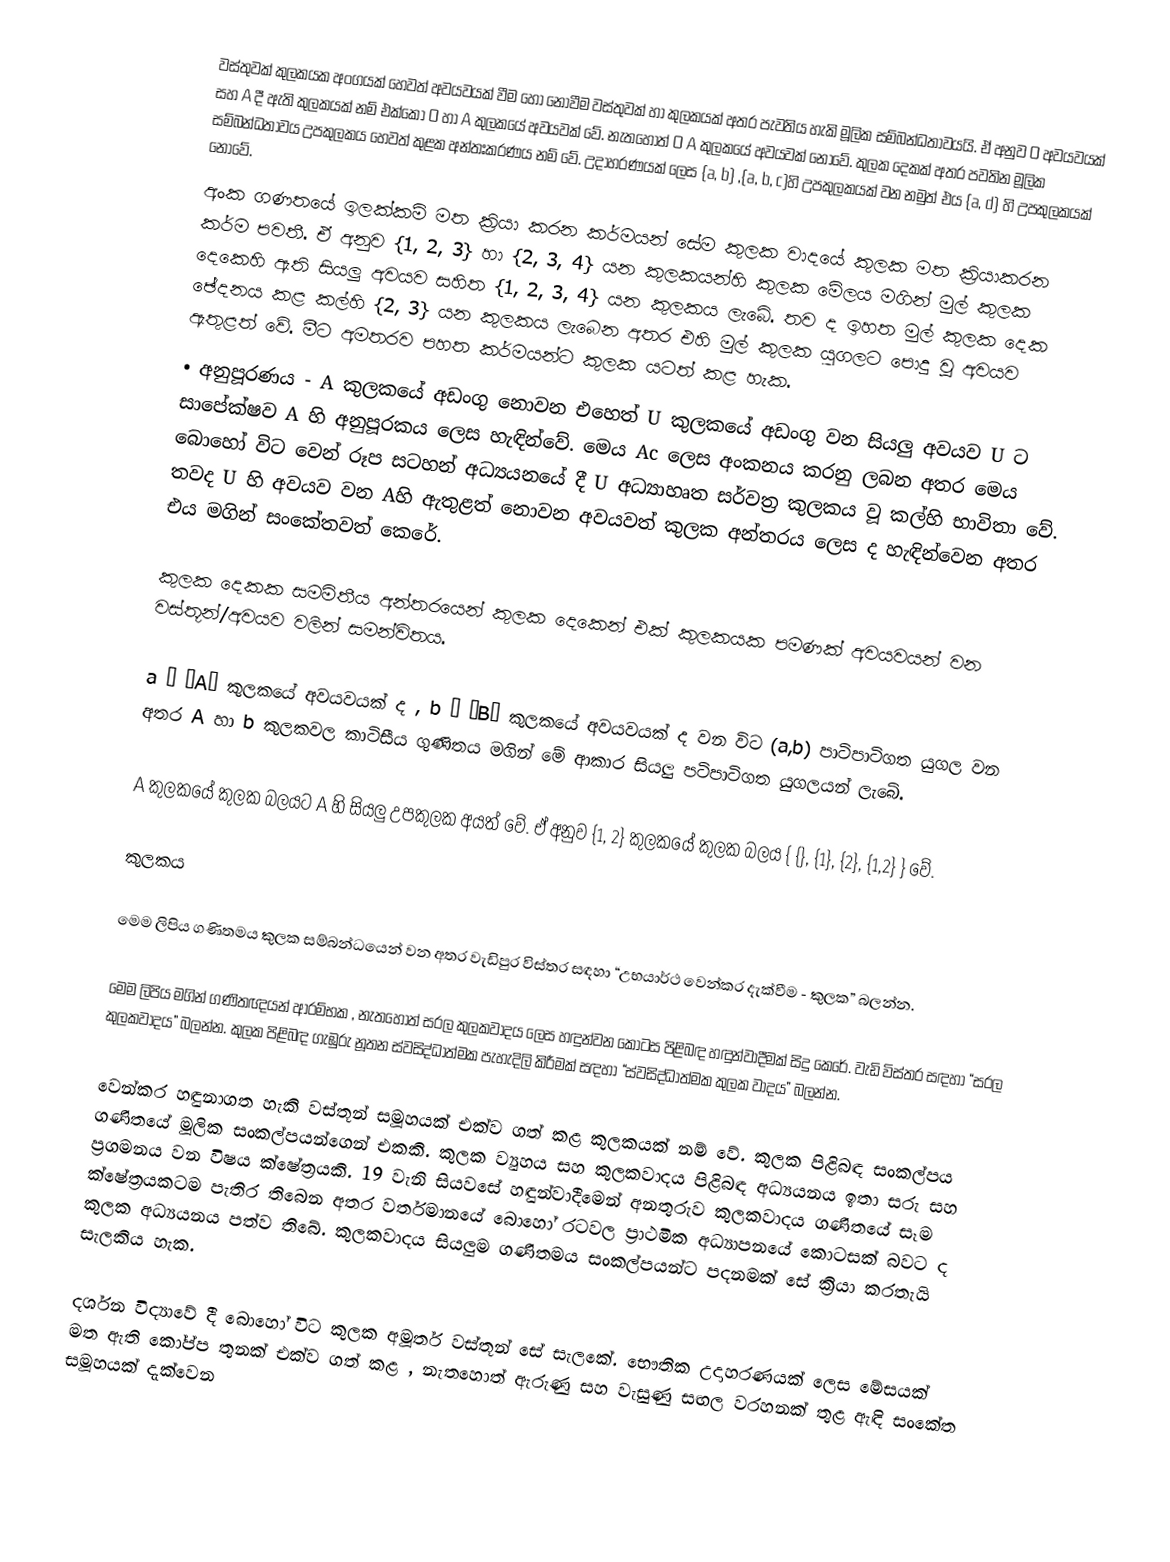
වස්තුවක් කුලකයක අංගයක් හෙවත් අවයවයක් වීම හෝ නොවීම වස්තුවක් හා කුලකයක් අතර පැවතිය හැකි මූලික සම්බන්ධතාවයයි. ඒ අනුව O අවයවයක් සහ A  දී ඇති කුලකයක් නම්  එ‍ක්කෝ O හා  A කුලකයේ අවයවක් වේ. නැතහොත්  O A කුලකයේ අවයවක් නොවේ. කුලක දෙකක් අතර පවතින මූලික සම්බන්ධතාවය උපකුලකය හෙවත් කුළක අන්තඃකරණය නම් වේ. උදාහරණයක් ලෙස {a, b} ,{a, b, c}හි උපකුලකයක් වන නමුත් එය {a, d} හි උපකුලකයක් නොවේ.
අංක ගණතයේ ඉලක්කම් මත ක්‍රියා කරන කර්මයන් සේම කුලක වාදයේ කුලක මත ක්‍රියාකරන කර්ම පවතී. ඒ අනුව {1, 2, 3} හා  {2, 3, 4} යන කුලකයන්හි කුලක මේලය මගින් මුල් කුලක දෙකෙහි ඇති සියලු අවයව සහිත {1, 2, 3, 4} යන කුලකය ලැබේ. තව ද ඉහත මුල් කුලක දෙක ඡේදනය කළ කල්හි {2, 3} යන කුලකය ලැබෙන අතර එහි මුල් කුලක යුගලට පොදු වූ අවයව ඇතුළත් වේ. මීට අමතරව පහත කර්මයන්ට කුලක යටත් කළ හැක.
•	අනුපූරණය - A කුලකයේ අඩංගු නොවන එහෙත් U  කුල‍කයේ අඩංගු වන සියලු අවයව U ට සාපේක්ෂව A හි අනුපූරකය ලෙස හැඳින්වේ. මෙය Ac ලෙස අංකනය කරනු ලබන අතර මෙය බොහෝ විට වෙන් රූප සටහන් අධ්‍යයන‍යේ දී U අධ්‍යාහෘත සර්වත්‍ර කුලකය වූ කල්හි භාවි‍තා වේ. තවද U හි අවයව වන Aහි ඇතුළත් නොවන අවයවත් කුලක අන්තරය ලෙස ද හැඳින්වෙන අතර එය   මගින්  සංකේතවත් කෙරේ.

 කුලක දෙකක සමමිතීය අන්තරයෙන් කුලක දෙකෙන් එක් කුලකයක පමණක් අවයවයන් වන වස්තූන්/අවයව වලින් සමන්විතය.

 a – “A”  කුලකයේ අවයවයක් ද , b – “B” කුලකයේ අවයවයක් ද වන විට (a,b) පාටිපාටිගත යුගල වන අතර A හා  b  කුලකවල කාටිසීය ගුණිතය මගින් මේ ආකාර සියලු පටිපාටිගත යුගලයන් ලැබේ.

 A කුලකයේ කුලක බලයට A හි සියලු උපකුලක අයත් වේ. ඒ අනුව {1, 2} කුලකයේ කුලක බලය { {}, {1}, {2}, {1,2} } වේ.

කුලකය

මෙම ලිපිය ගණිතමය කුලක සම්බන්ධයෙන් වන අතර වැඩිපුර විස්තර සඳහා “උභයාර්ථ වෙන්කර දැක්වීම - කුලක” බලන්න.

මෙම ලිපිය මගින් ගණිතඥයන් ආරම්භක , නැතහොත් සරල කුලකවාදය ලෙස හඳුන්වන කොටස පිළිබඳ හඳුන්වාදීමක් සිදු කෙරේ. වැඩි විස්තර සඳහා “සරල කුලකවාදය” බලන්න. කුලක පිළිබඳ ගැඹුරු නූතන ස්වසිද්ධාත්මක පැහැදිලි කිරීමක් සඳහා “ස්වසිද්ධාත්මක කුලක වාදය” බලන්න.

වෙන්කර හඳුනාගත හැකි වස්තූන් සමූහයක් එක්ව ගත් කළ කුලකයක් නම් වේ. කුලක පිළිබඳ සංකල්පය ගණිතයේ මූලික සංකල්පයන්ගෙන් එකකි. කුලක ව්‍යුහය සහ කුලකවාදය පිළිබඳ අධ්‍යයනය ඉතා සරු සහ ප්‍රගමනය වන විෂය ක්ෂේත්‍රයකි. 19 වැනි සියවසේ හඳුන්වාදීමෙන් අනතුරුව කුලකවාදය ගණිතයේ සෑම ක්ෂේත්‍රයකටම පැතිර තිබෙන අතර වර්තමානයේ බොහෝ රටවල ප්‍රාථමික අධ්‍යාපනයේ කොටසක් බවට ද කුලක අධ්‍යයනය පත්ව තිබේ. කුලකවාදය සියලුම ගණිතමය සංකල්පයන්ට පදනමක් සේ ක්‍රියා කරතැයි සැලකිය හැක.

දර්ශන විද්‍යාවේ දී බොහෝ විට කුලක අමූර්ත වස්තූන් සේ සැලකේ. භෞතික උදාහරණයක් ලෙස මේසයක් මත ඇති කෝප්ප තුනක් එක්ව ගත් කළ , නැතහොත් ඇරුණු සහ වැසුණු සඟල වරහනක් තුළ ඇඳි සංකේත සමූහයක් දැක්වෙන